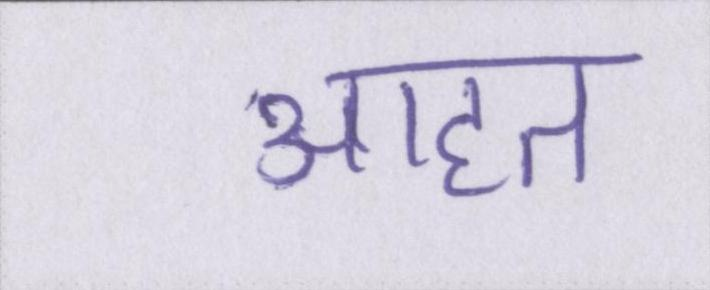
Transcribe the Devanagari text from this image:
आहत